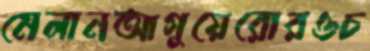
মেলানআগুয়েরোরওচ